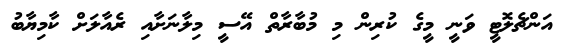
އަންޗެލޮޓީ ވަނީ މީގެ ކުރިން މި މުބާރާތް އޭސީ މިލާނަށާއި ރެއާލަށް ކާމިޔާބު